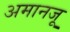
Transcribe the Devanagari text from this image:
अमानजू